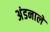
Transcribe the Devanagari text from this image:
अंडनालें